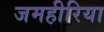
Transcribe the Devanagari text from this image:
जमहीरिया